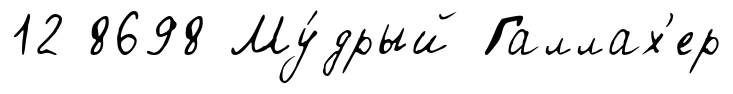
12 8698 Му́дрый Галлах'ер